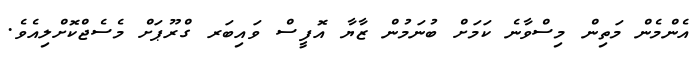
އެންމެން މަތިން މިސްވާނެ ކަމަށް ބުނަމުން ޒާޔާ އޮފީސް ވައިބަރ ގްރޫޕަށް މެސެޖްކޮށްލިއެވެ.